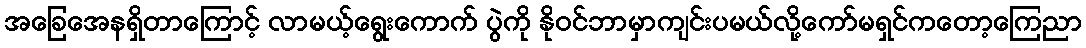
အခြေအေနရှိတာကြောင့် လာမယ့်ရွေးကောက် ပွဲကို နိုဝင်ဘာမှာကျင်းပမယ်လို့ကော်မရှင်ကတော့ကြေညာ